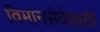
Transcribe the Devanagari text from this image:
विमानसेवेसाठी